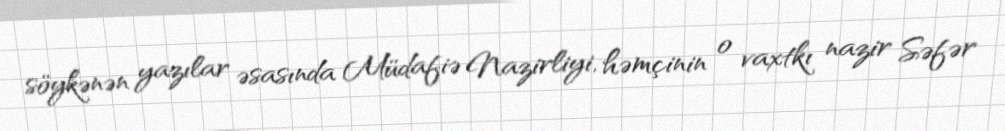
söykənən yazılar əsasında Müdafiə Nazirliyi, həmçinin o vaxtkı nazir Səfər